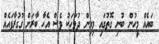
ބައެއް މީހުން ބުނި ގޮތުގައި މިއިން ދުވަހަކު ވެސް އެހާ ބާރަށް ގުގުރާފައެއް